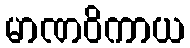
မာဏဝိကာယ